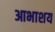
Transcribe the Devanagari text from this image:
आभाशय